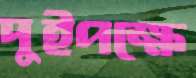
দুইপক্ষে